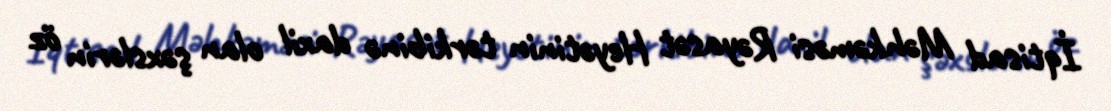
İqtisad Məhkəməsi Rəyasət Heyətinin tərkibinə daxil olan şəxslərin öz